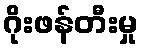
ဂိုးဖန်တီးမှု